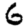
Digit: 6